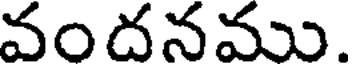
వందనము.